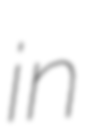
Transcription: in